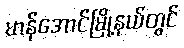
မာန်အောင်မြို့နယ်တွင်